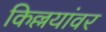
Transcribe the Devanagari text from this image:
किल्लयांवर